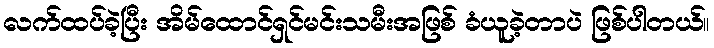
လက်ထပ်ခဲ့ပြီး အိမ်ထောင်ရှင်မင်းသမီးအဖြစ် ခံယူခဲ့တာပဲ ဖြစ်ပါတယ်။